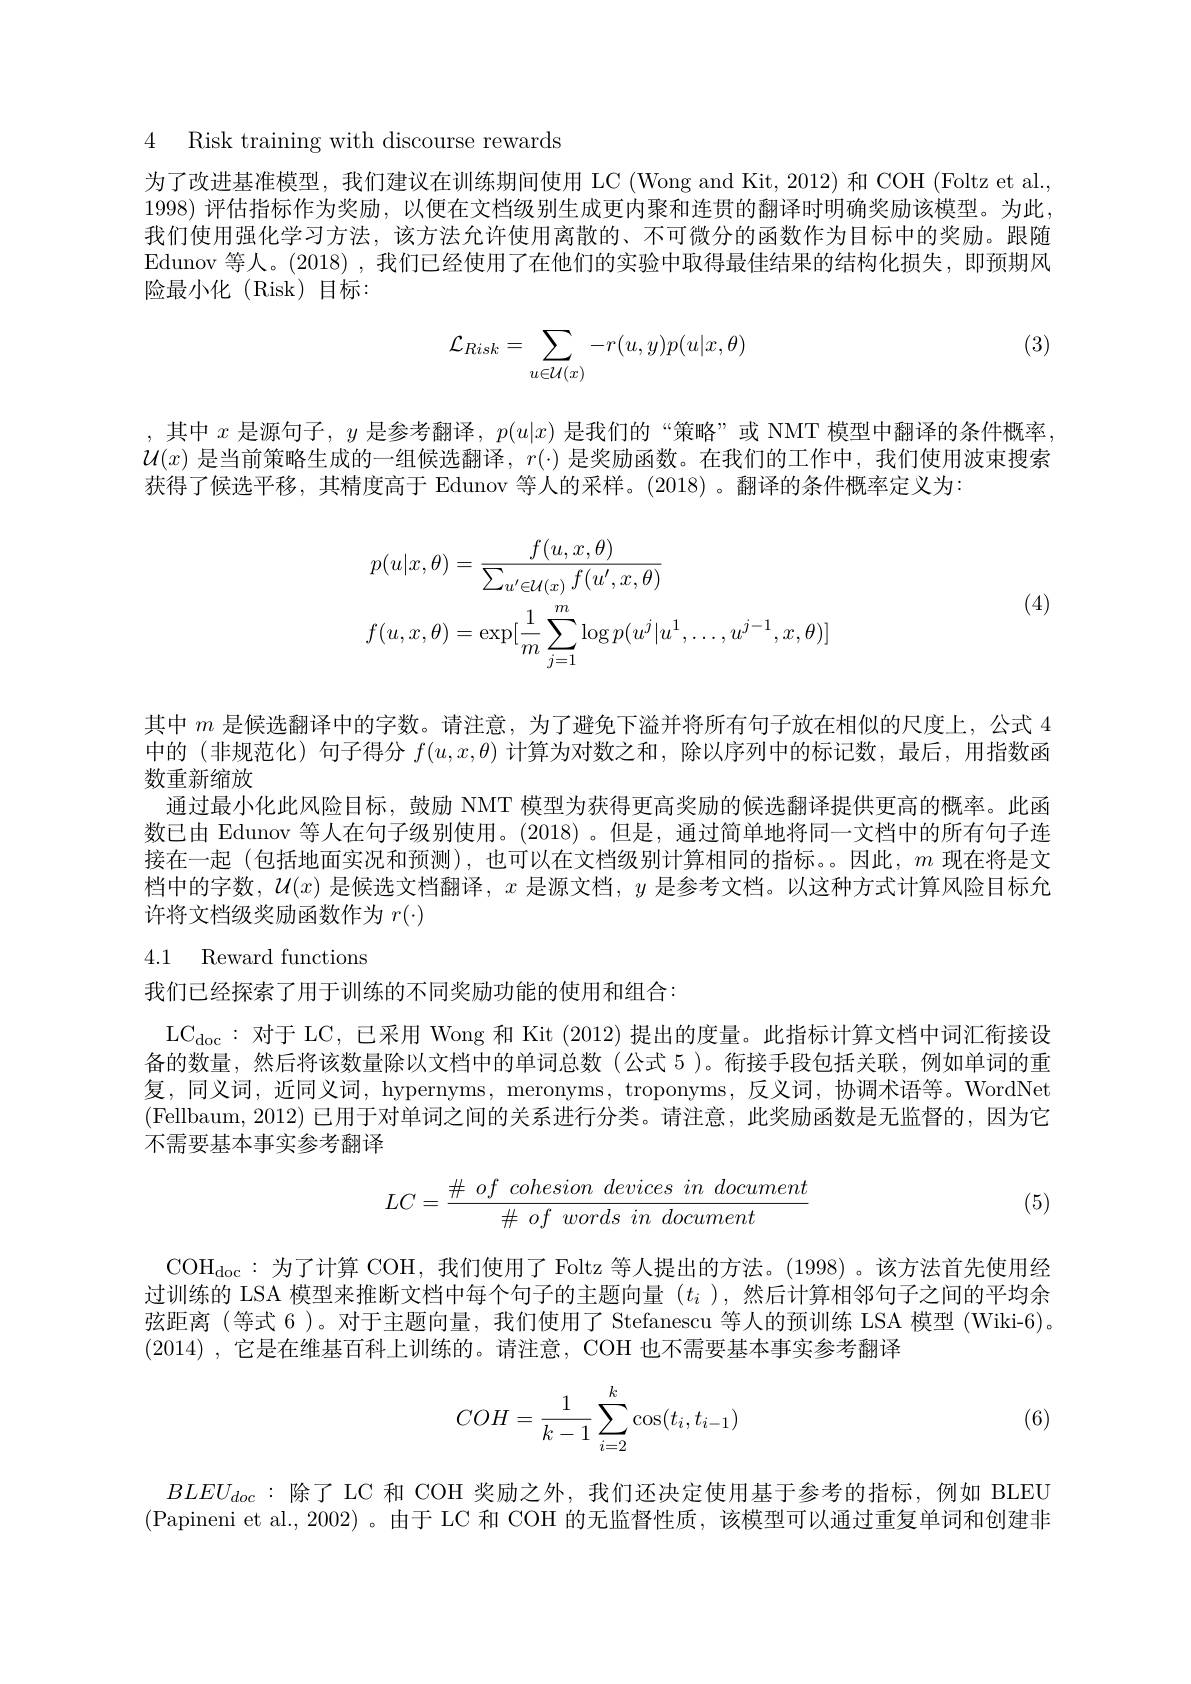
4 Risk training with discourse rewards

为了改进基准模型，我们建议在训练期间使用 LC (Wong and Kit, 2012) 和 COH (Foltz et al., 1998) 评估指标作为奖励，以便在文档级别生成更内聚和连贯的翻译时明确奖励该模型。为此， 我们使用强化学习方法，该方法允许使用离散的、不可微分的函数作为目标中的奖励。跟随Edunov 等人。(2018), 我们已经使用了在他们的实验中取得最佳结果的结构化损失，即预期风险最小化(Risk)目标：

(3)
$$\mathcal{L}_{Risk}=\sum_{u\in\mathcal{U}(x)}-r(u,y)p(u|x,\theta)$$
,其中$x$是源句子，$y$是参考翻译，$p(u|x)$是我们的“策略”或 NMT 模型中翻译的条件概率$\mathcal{U}(x)$是当前策略生成的一组候选翻译，$r(\cdot)$是奖励函数。在我们的工作中，我们使用波束搜索获得了候选平移，其精度高于 Edunov 等人的采样。(2018)。翻译的条件概率定义为：
$$\begin{aligned}&p(u|x,\theta)=\frac{f(u,x,\theta)}{\sum_{u^{\prime}\in\mathcal{U}(x)}f(u^{\prime},x,\theta)}\\&f(u,x,\theta)=\exp[\frac{1}{m}\sum_{j=1}^{m}\log p(u^{j}|u^{1},\ldots,u^{j-1},x,\theta)]\end{aligned}$$
(4)

其中$m$是候选翻译中的字数。请注意，为了避免下溢并将所有句子放在相似的尺度上，公式 4中的(非规范化)句子得分$f(u,x,\theta)$计算为对数之和，除以序列中的标记数，最后，用指数函数重新缩放
通过最小化此风险目标，鼓励 NMT 模型为获得更高奖励的候选翻译提供更高的概率。此函数已由 Edunov 等人在句子级别使用。(2018) 。但是，通过简单地将同一文档中的所有句子连接在一起 (包括地面实况和预测),也可以在文档级别计算相同的指标。因此，$m$现在将是文档中的字数，$\mathcal{U}(x)$是候选文档翻译，$x$是源文档，$y$是参考文档。以这种方式计算风险目标允许将文档级奖励函数作为$r(\cdot)$

## 4.1 Reward functions

我们已经探索了用于训练的不同奖励功能的使用和组合：

L$C_{doc}$: 对 于 LC, 已 采 用 Wong 和 Kit ( 2012) 提 出 的 度 量 。此 指 标 计 算 文 档 中 词 汇 衔 接 设 备的数量，然后将该数量除以文档中的单词总数(公式 5)。衔接手段包括关联，例如单词的重复，同义词，近同义词，hypernyms, meronyms, troponyms, 反义词，协调术语等。WordNet (Fellbaum, 2012) 已用于对单词之间的关系进行分类。请注意，此奖励函数是无监督的，因为它不需要基本事实参考翻译
$$LC=\dfrac{\#\:of\:cohesion\:devices\:in\:document}{\#\:of\:words\:in\:document}$$
(5)

COH$_\mathrm{doc}:$为了计算 COH,我们使用了 Foltz 等人提出的方法。(1998)。该方法首先使用经过训练的 LSA 模型来推断文档中每个句子的主题向量$(t_i$ ),然后计算相邻句子之间的平均余弦距离 (等式 6 )。对于主题向量，我们使用了 Stefanescu 等人的预训练 LSA 模型 (Wiki-6)。(2014) ,它是在维基百科上训练的。请注意，COH 也不需要基本事实参考翻译
$$COH=\dfrac{1}{k-1}\sum_{i=2}^k\cos(t_i,t_{i-1})$$
(6)

$BLEU_{doc}:$除了 LC 和 COH 奖励之外，我们还决定使用基于参考的指标，例如 BLEU (Papineni et al., 2002)。由于 LC 和 COH 的无监督性质，该模型可以通过重复单词和创建非